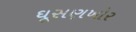
ઘૂસણખોર